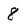
Character: 8